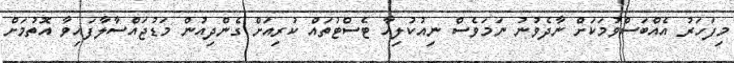
މިފަހަރު އެއްބަސްވުމަކަށް ނާދެވުނު ނަމަވެސް ނިއުކުލިއާ ޓެސްޓުތައް ކުރިއަށް ގެންދިއުން މަޑުޖައްސާލާފައިވާ އޮތުމަށް